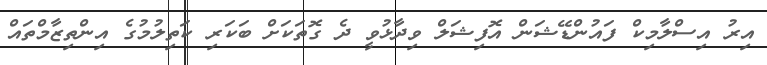
އިރު އިސްލާމިކް ފައުންޑޭޝަން އޮފިޝަލް ވިދާޅުވީ ދެ ގޮތަކަށް ބަކަރި ކަތިލުމުގެ އިންތިޒާމްތައް